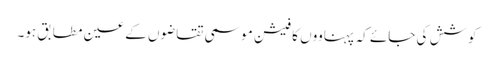
کوشش کی جائے کہ پہناووں کا فیشن موسمی تقاضوں کے عین مطابق ہو۔